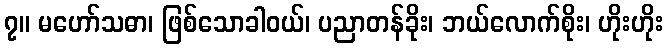
၇။ မဟော်သဓာ၊ ဖြစ်သောခါဝယ်၊ ပညာတန်ခိုး၊ ဘယ်လောက်စိုး၊ ဟိုးဟိုး